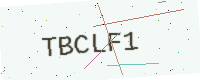
Text: TBCLF1